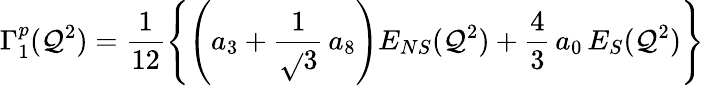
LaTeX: \Gamma_{1}^{p}(\mathcal{Q}^{2})={\frac{{1}}{{12}}}\Biggl\{ \Biggl(a_{3}+{\frac{{1}}{{\sqrt{}{3}}}}\, a_{8}\Biggl)E_{NS}(\mathcal{Q}^{2})+{\frac{{4}}{{3}}}\, a_{0}\, E_{S}(\mathcal{Q}^{2})\Biggl\}